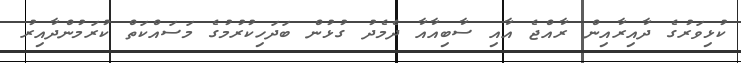
ކުޅިވަރުގެ ދާއިރާއިން ރާއްޖެ އާއި ސާބިއާއާ ދެމެދު ގުޅުން ބަދަހިކުރުމުގެ މަސައްކަތް ކުރަމުންދާއިރު